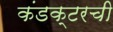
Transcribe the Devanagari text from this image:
कंडक्टरची